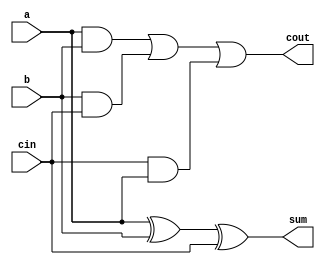
module add1(input a,b,cin, output sum,cout);
  assign sum=a^b^cin;
  assign cout=a&b|b&cin|cin&a;
endmodule

module add16 ( input[15:0]a, b ,input cin,output [15:0]sum, output cout);
wire cout0,cout1,cout2,cout3,cout4,cout5,cout6,cout7,cout8,cout9,cout10,cout11,cout12,cout13,cout14;
  
  add1 a0(a[0],b[0],1'b0 ,sum[0],cout0);
  add1 a1(a[1],b[1],cout0,sum[1],cout1);
  add1 a2(a[2],b[2],cout1,sum[2],cout2);
  add1 a3(a[3],b[3],cout2,sum[3],cout3);
  add1 a4(a[4],b[4],cout3,sum[4],cout4);
  add1 a5(a[5],b[5],cout4,sum[5],cout5);
  add1 a6(a[6],b[6],cout5,sum[6],cout6);
  add1 a7(a[7],b[7],cout6,sum[7],cout7);
  add1 a8(a[8],b[8],cout7,sum[8],cout8);
  add1 a9(a[9],b[9],cout8,sum[9],cout9);
  add1 a10(a[10],b[10],cout9,sum[10],cout10);
  add1 a11(a[11],b[11],cout10,sum[11],cout11);
  add1 a12(a[12],b[12],cout11,sum[12],cout12);
  add1 a13(a[13],b[13],cout12,sum[13],cout13);
  add1 a14(a[14],b[14],cout13,sum[14],cout14);
  add1 a15(a[15],b[15],cout14,sum[15],cout);
  
endmodule

module top_module (
    input [31:0] a,
    input [31:0] b,
    output [31:0] sum
);
    wire couta,coutb;
  add16 inst1( a[15:0]  , b[15:0] , 1'b0, sum [15:0]  ,couta);
  add16 inst2( a[31:16] , b[31:16],cout0, sum [31:16] ,coutb);

endmodule